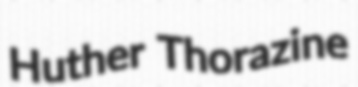
Huther Thorazine